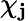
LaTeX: \chi_{\mathbf{j}}